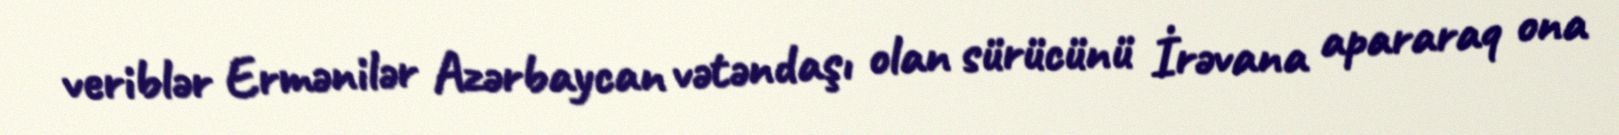
veriblər Ermənilər Azərbaycan vətəndaşı olan sürücünü İrəvana apararaq ona